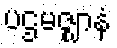
ပဌမဇ္ဈာနံ